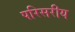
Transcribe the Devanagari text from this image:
परिसरीय